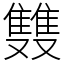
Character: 䨇